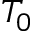
T _ { 0 }